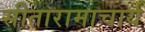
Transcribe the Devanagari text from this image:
सीतारामाचार्य